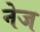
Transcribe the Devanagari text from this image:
नेज